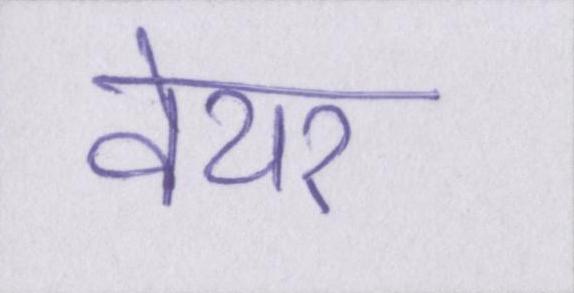
वेयर